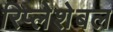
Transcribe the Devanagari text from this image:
रिप्लेशेबल